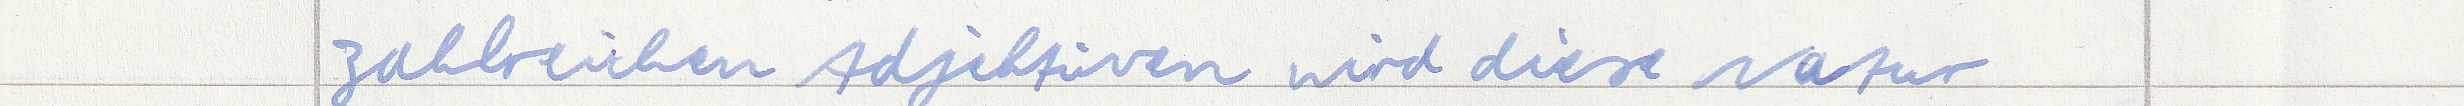
zahlreichen Adjektiven wird diese Natur